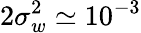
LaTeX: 2\sigma_{w}^{2}\simeq 10^{-3}